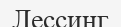
Лессинг